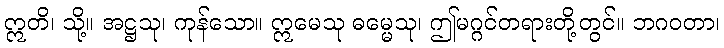
ဣတိ၊ သို့။ အဋ္ဌသု၊ ကုန်သော။ ဣမေသု ဓမ္မေသု၊ ဤမဂ္ဂင်တရားတို့တွင်။ ဘဂဝတာ၊